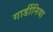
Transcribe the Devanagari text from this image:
गार्डीनिया